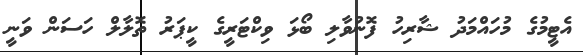
އެޓީމުގެ މުހައްމަދު ޝާރިހު ފޮނުވާލި ބޯޅަ ވިކްޓަރީގެ ކީޕަރު ތޮލާލް ހަސަން ވަނީ